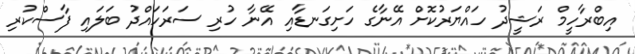
އިބްރާހީމް ރަޝީދު ހައްޔަރުކޮށް އޭނާގެ ހަށިގަނޑާއި އޭނާ ހުރި ސަރަހައްދު ބަލައި ފާސްކުރި